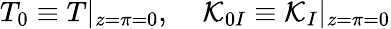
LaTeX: T_{0}\equiv T|_{z=\pi=0},\; \; \; \; {\cal K}_{0I}\equiv{\cal K}_{I}|_{z=\pi=0}